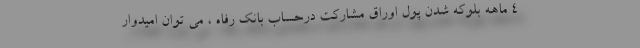
4 ماهه بلوكه شدن پول اوراق مشاركت درحساب بانك رفاه ، مي توان اميدوار